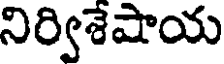
నిర్విశేషాయ